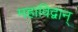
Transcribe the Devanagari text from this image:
महाविद्वान्